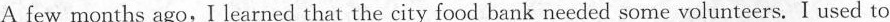
A few months ago,I learned that the city food bank needed some volunteers. I used to